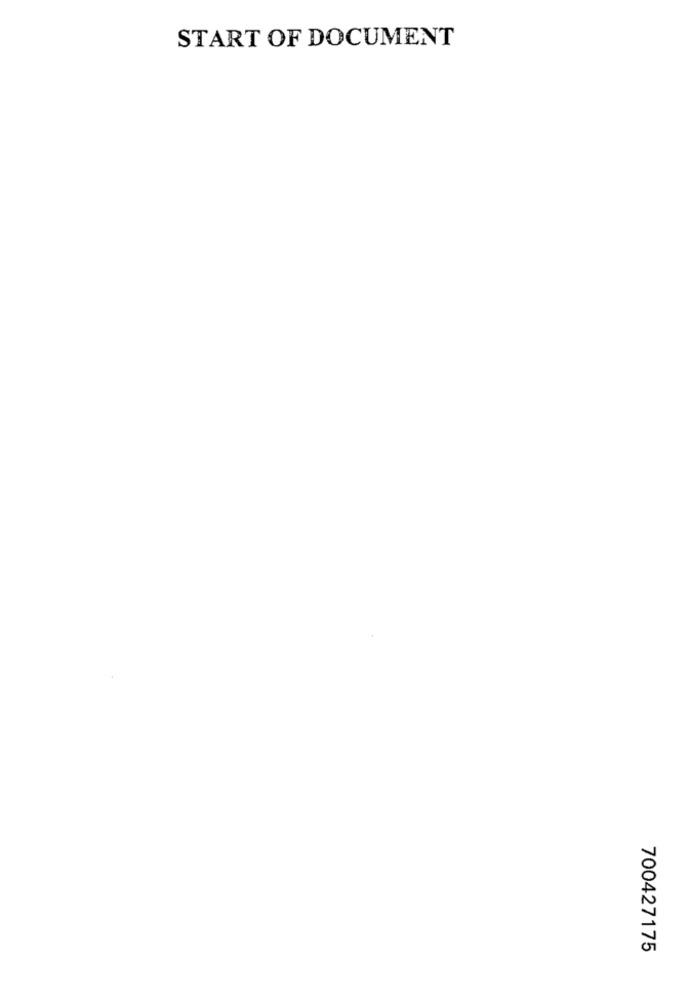
START OF DOCUMENT
700427175